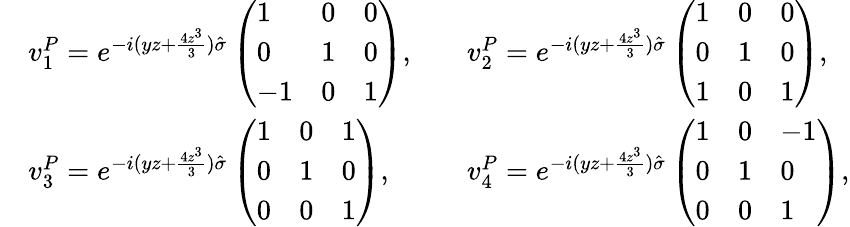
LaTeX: \begin{array}{rlrl}&{v_{1}^{P}=e^{-i(yz+\frac{4z^{3}}{3})\hat{\sigma}}\left(\begin{array}{lll}{1}&{0}&{0}\\ {0}&{1}&{0}\\ {-1}&{0}&{1}\end{array}\right),}&&{v_{2}^{P}=e^{-i(yz+\frac{4z^{3}}{3})\hat{\sigma}}\left(\begin{array}{lll}{1}&{0}&{0}\\ {0}&{1}&{0}\\ {1}&{0}&{1}\end{array}\right),}\\ &{v_{3}^{P}=e^{-i(yz+\frac{4z^{3}}{3})\hat{\sigma}}\left(\begin{array}{lll}{1}&{0}&{1}\\ {0}&{1}&{0}\\ {0}&{0}&{1}\end{array}\right),}&&{v_{4}^{P}=e^{-i(yz+\frac{4z^{3}}{3})\hat{\sigma}}\left(\begin{array}{lll}{1}&{0}&{-1}\\ {0}&{1}&{0}\\ {0}&{0}&{1}\end{array}\right),}\end{array}